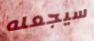
سيجعله